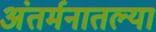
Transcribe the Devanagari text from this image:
अंतर्मनातल्या